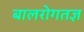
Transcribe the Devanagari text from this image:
बालरोगतज्ञ